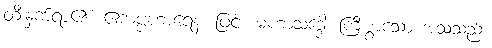
တီးနှက်ရာ၏။ ဧကပ္ပဟာရေန၊ ဖြင့်။ မဟာသဒ္ဒေါ၊ ကြီးစွာသော အသံသည်။